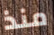
منذ